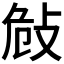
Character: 𢼨